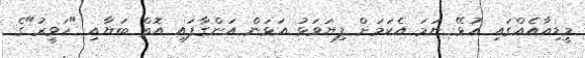
މީޑިއާއެއްގައި އުޅޭ ނަމަ އެކަމަށް ފިޔަވަޅު އަޅަން އަންގާފައި އޮތް ބަޔާއި "ހަވީރު"ގެ